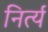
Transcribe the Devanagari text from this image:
निर्त्य